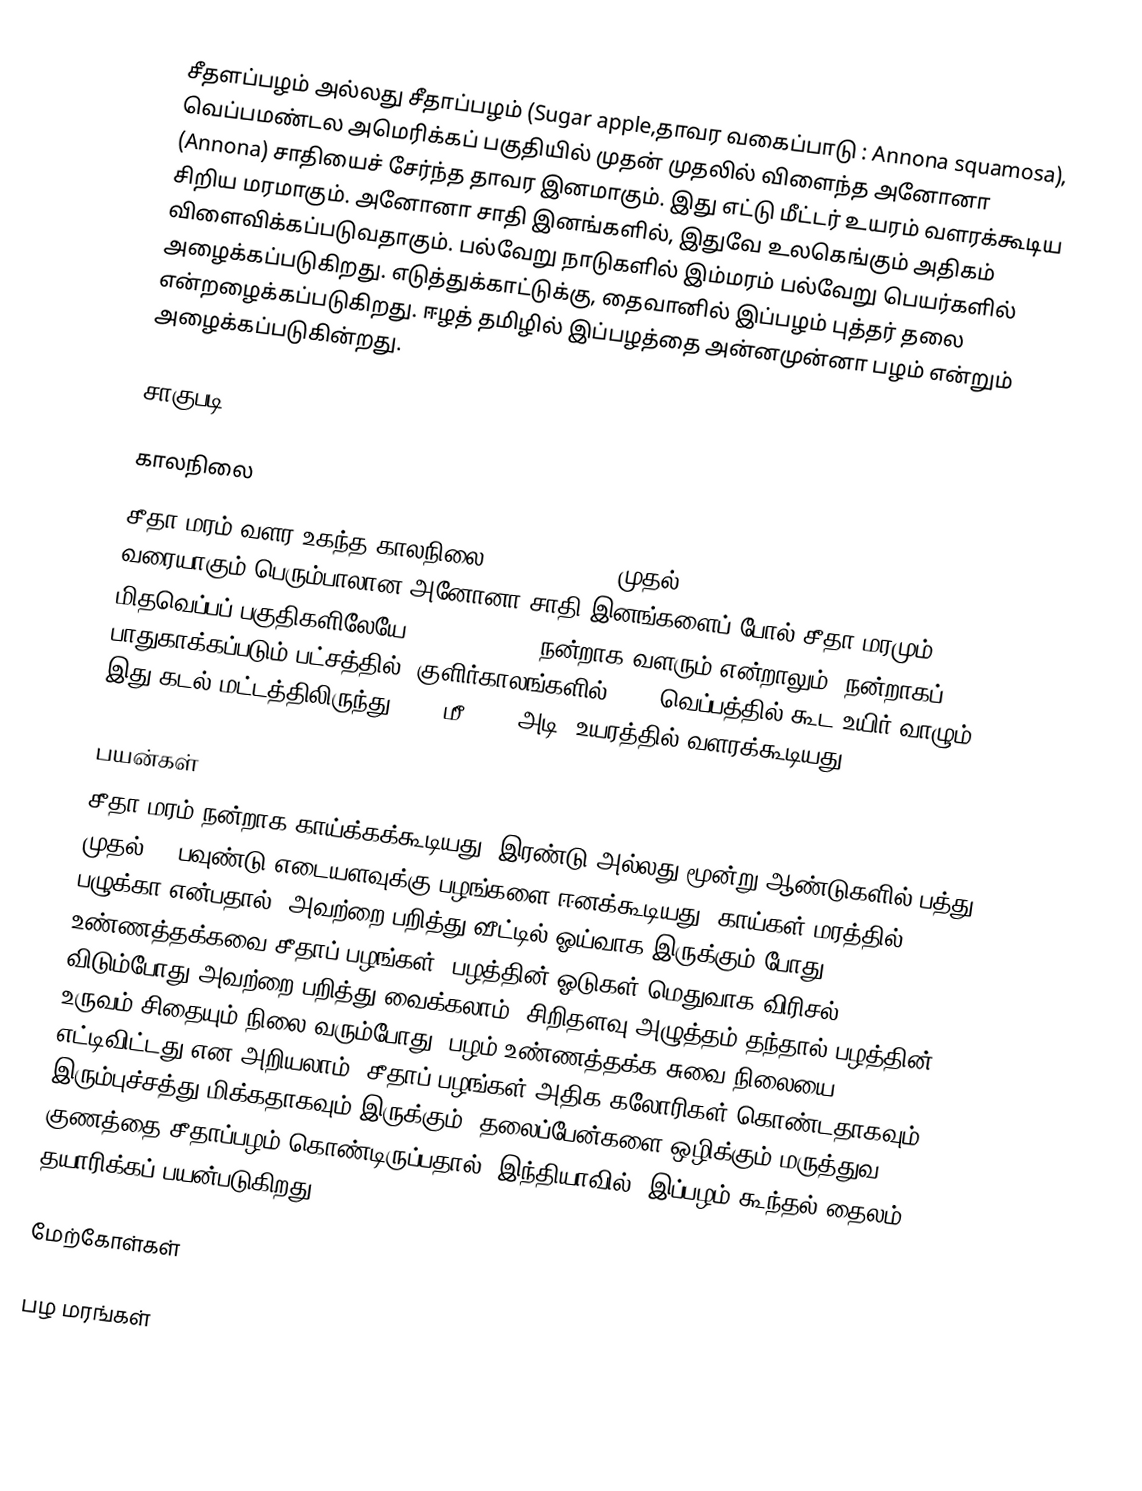
சீதளப்பழம் அல்லது சீதாப்பழம் (Sugar apple,தாவர வகைப்பாடு : Annona squamosa), வெப்பமண்டல அமெரிக்கப் பகுதியில் முதன் முதலில் விளைந்த அனோனா (Annona) சாதியைச் சேர்ந்த தாவர இனமாகும். இது எட்டு மீட்டர் உயரம் வளரக்கூடிய சிறிய மரமாகும். அனோனா சாதி இனங்களில், இதுவே உலகெங்கும் அதிகம் விளைவிக்கப்படுவதாகும். பல்வேறு நாடுகளில் இம்மரம் பல்வேறு பெயர்களில் அழைக்கப்படுகிறது. எடுத்துக்காட்டுக்கு, தைவானில் இப்பழம் புத்தர் தலை என்றழைக்கப்படுகிறது. ஈழத் தமிழில் இப்பழத்தை அன்னமுன்னா பழம் என்றும் அழைக்கப்படுகின்றது.

சாகுபடி

காலநிலை
சீதா மரம் வளர உகந்த காலநிலை 25 °C (77 °F) முதல் 41 °C (106 °F) வரையாகும்.பெரும்பாலான அனோனா சாதி இனங்களைப் போல் சீதா மரமும் மிதவெப்பப் பகுதிகளிலேயே (subtropical) நன்றாக வளரும் என்றாலும், நன்றாகப் பாதுகாக்கப்படும் பட்சத்தில், குளிர்காலங்களில் 28 F வெப்பத்தில் கூட உயிர் வாழும். இது கடல் மட்டத்திலிருந்து 2000 மீ(6600 அடி) உயரத்தில் வளரக்கூடியது.

பயன்கள்
சீதா மரம் நன்றாக காய்க்கக்கூடியது. இரண்டு அல்லது மூன்று ஆண்டுகளில் பத்து முதல் 20 பவுண்டு எடையளவுக்கு பழங்களை ஈனக்கூடியது. காய்கள் மரத்தில் பழுக்கா என்பதால், அவற்றை பறித்து வீட்டில் ஓய்வாக இருக்கும் போது உண்ணத்தக்கவை சீதாப் பழங்கள். பழத்தின் ஓடுகள் மெதுவாக விரிசல் விடும்போது அவற்றை பறித்து வைக்கலாம். சிறிதளவு அழுத்தம் தந்தால் பழத்தின் உருவம் சிதையும் நிலை வரும்போது, பழம் உண்ணத்தக்க சுவை நிலையை எட்டிவிட்டது என அறியலாம். சீதாப் பழங்கள் அதிக கலோரிகள் கொண்டதாகவும் இரும்புச்சத்து மிக்கதாகவும் இருக்கும். தலைப்பேன்களை ஒழிக்கும் மருத்துவ குணத்தை சீதாப்பழம் கொண்டிருப்பதால், இந்தியாவில், இப்பழம் கூந்தல் தைலம் தயாரிக்கப் பயன்படுகிறது.

மேற்கோள்கள்

பழ மரங்கள்